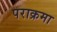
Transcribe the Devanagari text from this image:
पराक्रमा